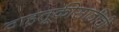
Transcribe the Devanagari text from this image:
वाहतूकीसाठीची